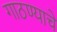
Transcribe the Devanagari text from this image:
गाठण्याचे